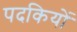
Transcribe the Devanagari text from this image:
पदकियों